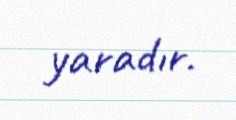
yaradır.